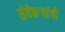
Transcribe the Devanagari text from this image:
सेवेकऱ्यांची